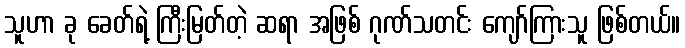
သူဟာ ခု ခေတ်ရဲ့ ကြီးမြတ်တဲ့ ဆရာ အဖြစ် ဂုဏ်သတင်း ကျော်ကြားသူ ဖြစ်တယ်။